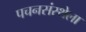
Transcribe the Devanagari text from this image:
पचनसंस्थेला